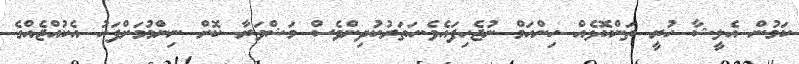
ކަމުން އެލީޝާ ހުރީ ތަންކޮޅެއް ހިންހަމް ނުޖެހިފައެވެ.ހަތަރުކުދިންވެސް މަޝްވަރާ ކޮށް ނިންމުމަށްފަހު އެކުއްޖެއްގެ